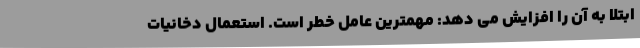
ابتلا به آن را افزایش می دهد: مهمترین عامل خطر است. استعمال دخانیات